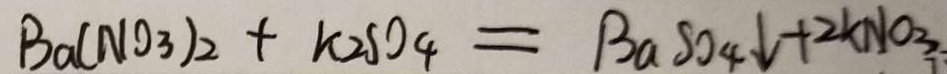
B a ( N O _ { 3 } ) _ { 2 } + k _ { 2 } S O _ { 4 } = B a S O _ { 4 } \downarrow + 2 K N O _ { 3 }